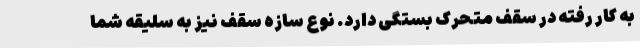
به کار رفته در سقف متحرک بستگی دارد. نوع سازه سقف نیز به سلیقه شما